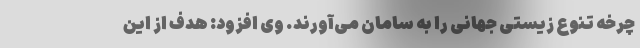
چرخه تنوع زیستی جهانی را به سامان می‌آورند. وی افزود: هدف از این